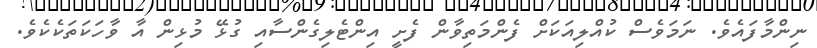
ނިންމާފައެވެ. ނަމަވެސް ކުއްލިއަކަށް ފެންމަތިވާން ފެށީ އިންޓެލިގެންސާއި ގުޅޭ މުޅިން އާ ވާހަކަތަކެކެވެ.